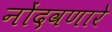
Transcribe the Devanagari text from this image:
नोंदवणारे